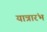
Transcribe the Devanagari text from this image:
यात्रारंभ